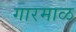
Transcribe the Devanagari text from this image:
गारमाळ